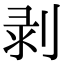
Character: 剥